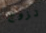
تزوج